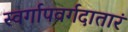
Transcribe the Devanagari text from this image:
स्वर्गापवर्गदातारं